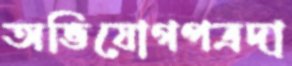
অভিযোগপত্রদা